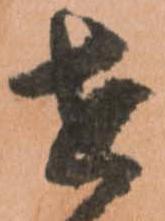
せ